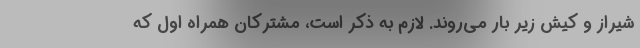
شیراز و کیش زیر بار می‌روند. لازم به ذکر است، مشترکان همراه اول که